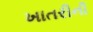
ખાતરીની